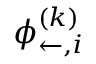
{ \boldsymbol { \phi } _ { \leftarrow , i } ^ { ( k ) } }